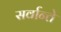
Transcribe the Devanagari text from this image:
सर्वान्ते